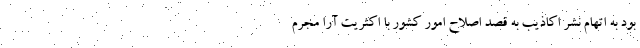
بود به اتهام نشر اکاذیب به قصد اصلاح امور کشور با اکثریت آرا مجرم